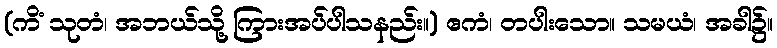
(ကိံ သုတံ၊ အဘယ်သို့ ကြားအပ်ပါသနည်း။) ဧကံ၊ တပါးသော။ သမယံ၊ အခါ၌။